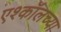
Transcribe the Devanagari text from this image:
एश्कॉलच्या